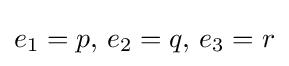
e_{1}=p,\,e_{2}=q,\,e_{3}=r